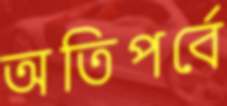
অতিপর্বে